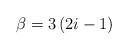
LaTeX: \begin{align*}\beta=3\left(2i-1\right)\end{align*}